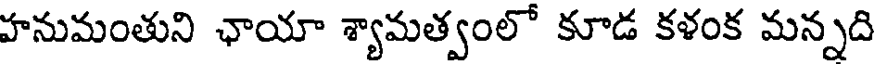
హనుమంతుని ఛాయా శ్యామత్వంలో కూడ కళంక మన్నది